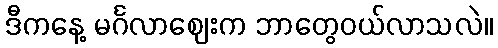
ဒီကနေ့ မင်္ဂလာဈေးက ဘာတွေဝယ်လာသလဲ။